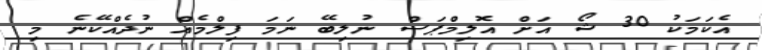
އެކަމަކު 30 ޝޯ އަށް އޮލިމްޕަސް ނުލިބޭ ނަމަ ފިލްމެއް ނުދެއްކޭނެ މި